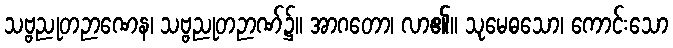
သဗ္ဗညုတဉာဏေန၊ သဗ္ဗညုတဉာဏ်၌။ အာဂတော၊ လာ၏။ သုမေဓသော၊ ကောင်းသော